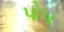
પો૫